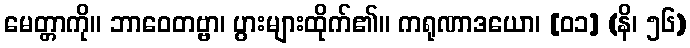
မေတ္တာကို။ ဘာဝေတဗ္ဗာ၊ ပွားများထိုက်၏။ ကရုဏာဒယော၊ [၀၁] (နိ၊ ၅၆)